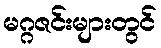
မဂ္ဂဇင်းများတွင်